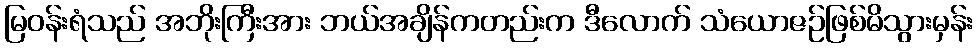
မြဝန်းရံသည် အဘိုးကြီးအား ဘယ်အချိန်ကတည်းက ဒီလောက် သံယောဇဉ်ဖြစ်မိသွားမှန်း